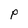
Character: p